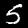
Label: 5